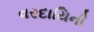
વરદાયિની